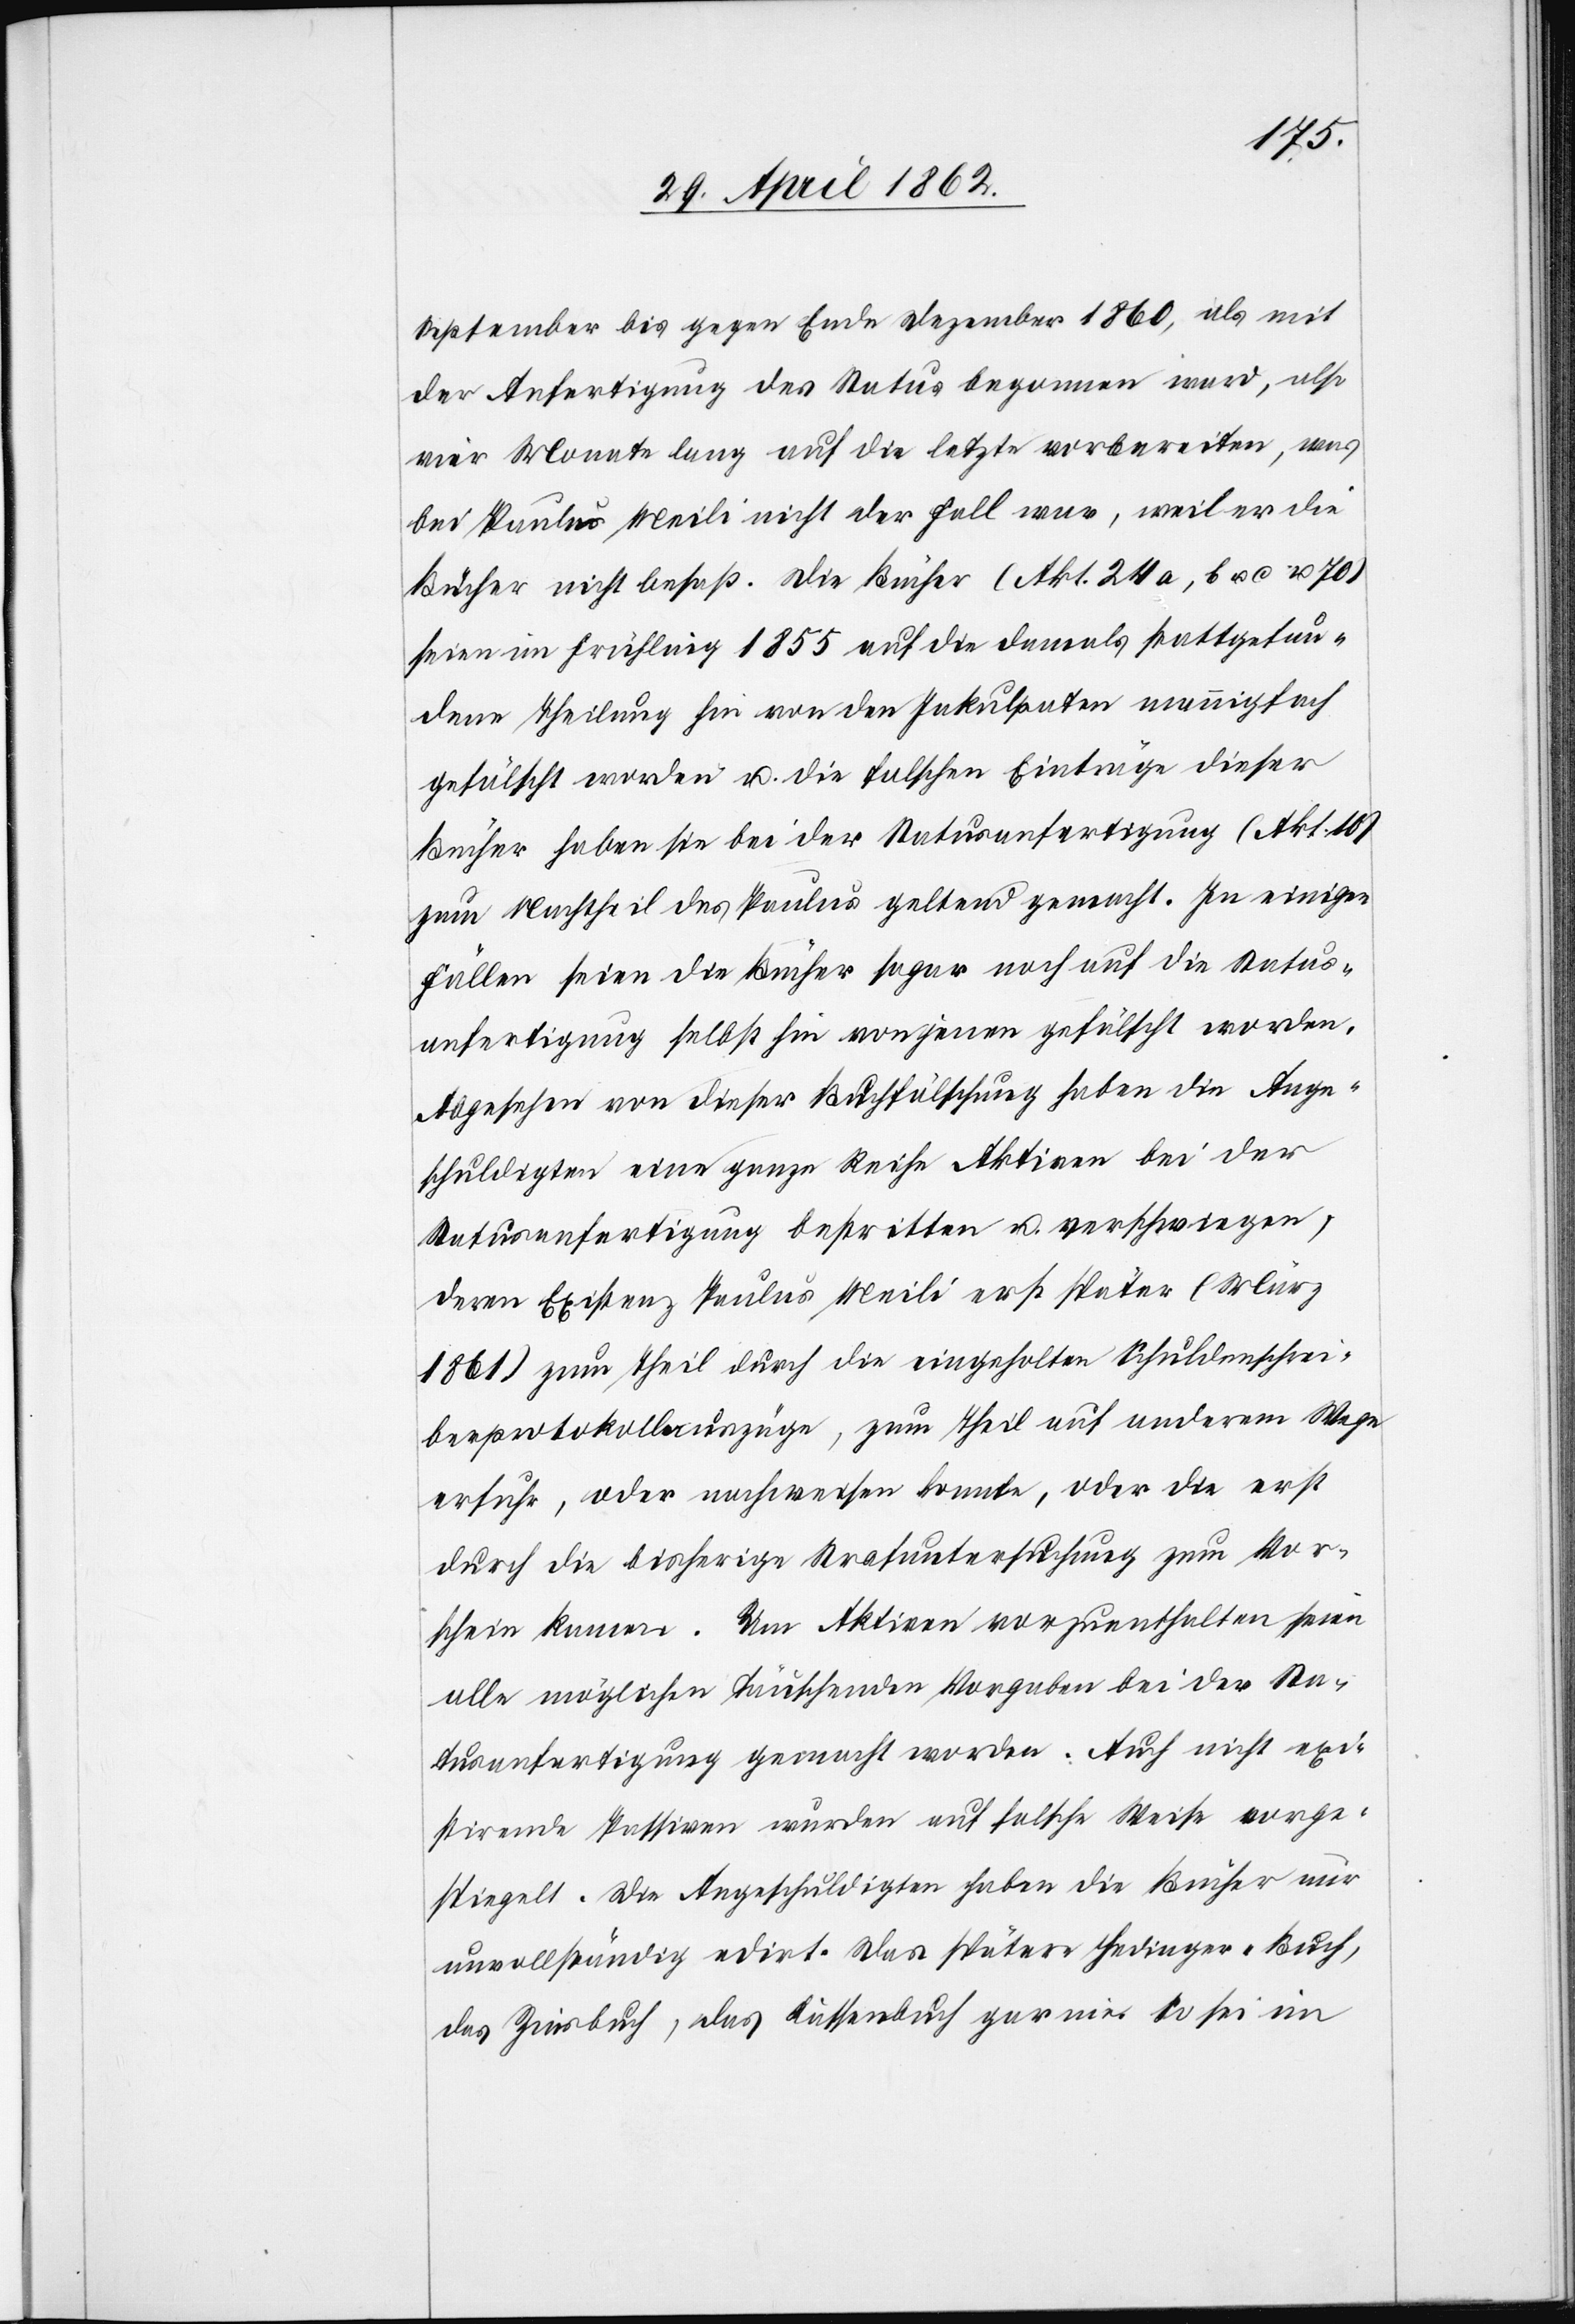
September bis gegen Ende Dezember 1860, als mit
der Anfertigung des Status begonnen ward, also
vier Monate lang auf die letzte vorbereiten, was
bei Paulus Meili nicht der Fall war, weil er die
Bücher nicht besaß. Die Bücher (Akt. 24a, b u. c u 70)
seien im Frühling 1855 auf die damals stattgefun¬
dene Theilung hin von den Inkulpaten mannigfach
gefälscht worden u. die falschen Einträge dieser
Bücher haben sie bei der Statusanfertigung (Akt. 10)
zum Nachtheil des Paulus geltend gemacht. In einigen
Fällen seien die Bücher sogar noch auf die Status¬
anfertigung selbst hin von jenen gefälscht worden.
Abgesehen von dieser Buchfälschung haben die Ange¬
schuldigten eine ganze Reihe Aktiven bei der
Statusanfertigung bestritten u. verschwiegen,
deren Existenz Paulus Meili erst später (März
1861) zum Theil durch die eingeholten Schuldenschrei¬
berprotokollauszüge, zum Theil auf anderem Wege
erfuhr, oder nachweisen konnte, oder die erst
durch die bisherige Strafuntersuchung zum Vor¬
schein kamen. Um Aktiven vorzuenthalten seien
alle möglichen täuschenden Vorgaben bei der Sta¬
tusanfertigung gemacht worden. Auch nicht exi¬
stirende Passiven wurden auf falsche Weise vorge¬
spiegelt. Die Angeschuldigten haben die Bücher nur
unvollständig edirt. Das spätere Hedinger-Buch,
als Zinsbuch, das Kassenbuch gar nie. So sei im